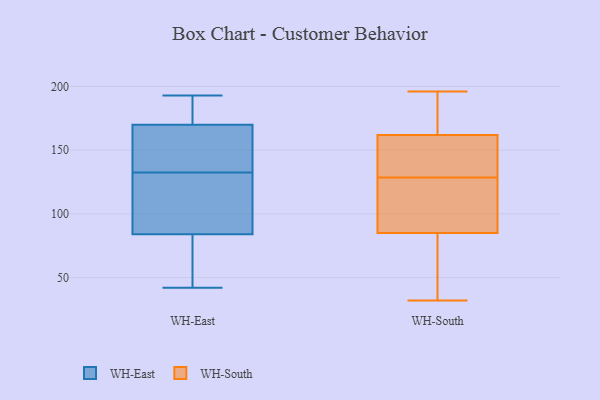
{"axis": {"x": "Headcount", "y": "Value"}, "legend": ["WH-East", "WH-South"], "data": [{"x": "", "y": 64, "type": "WH-East"}, {"x": "", "y": 193, "type": "WH-East"}, {"x": "", "y": 65, "type": "WH-East"}, {"x": "", "y": 137, "type": "WH-East"}, {"x": "", "y": 139, "type": "WH-East"}, {"x": "", "y": 112, "type": "WH-East"}, {"x": "", "y": 192, "type": "WH-East"}, {"x": "", "y": 93, "type": "WH-East"}, {"x": "", "y": 75, "type": "WH-East"}, {"x": "", "y": 131, "type": "WH-East"}, {"x": "", "y": 134, "type": "WH-East"}, {"x": "", "y": 184, "type": "WH-East"}, {"x": "", "y": 177, "type": "WH-East"}, {"x": "", "y": 163, "type": "WH-East"}, {"x": "", "y": 42, "type": "WH-East"}, {"x": "", "y": 93, "type": "WH-East"}, {"x": "", "y": 118, "type": "WH-South"}, {"x": "", "y": 122, "type": "WH-South"}, {"x": "", "y": 148, "type": "WH-South"}, {"x": "", "y": 196, "type": "WH-South"}, {"x": "", "y": 176, "type": "WH-South"}, {"x": "", "y": 60, "type": "WH-South"}, {"x": "", "y": 141, "type": "WH-South"}, {"x": "", "y": 110, "type": "WH-South"}, {"x": "", "y": 32, "type": "WH-South"}, {"x": "", "y": 196, "type": "WH-South"}, {"x": "", "y": 41, "type": "WH-South"}, {"x": "", "y": 135, "type": "WH-South"}]}